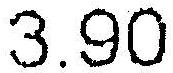
3.90